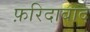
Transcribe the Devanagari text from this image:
फ़रिदाबाद